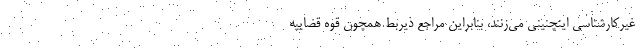
غیرکارشناسی اینچنینی می‌زنند، بنابراین مراجع ذیربط همچون قوه قضاییه